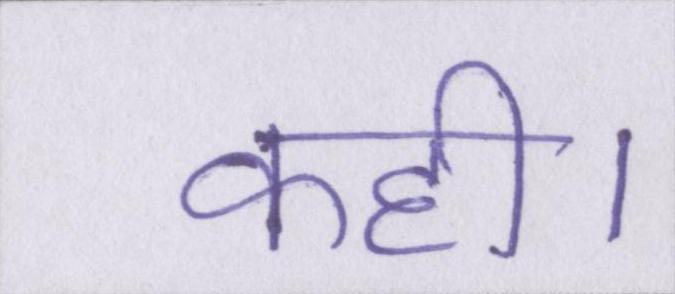
कही।